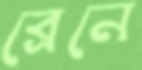
ব্রেনে